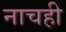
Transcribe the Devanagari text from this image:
नाचही